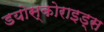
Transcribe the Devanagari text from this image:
डयोस्कोराइड्स